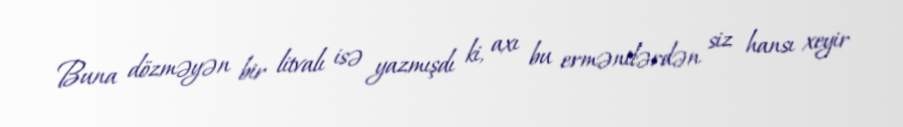
Buna dözməyən bir litvalı isə yazmışdı ki, axı bu ermənilərdən siz hansı xeyir